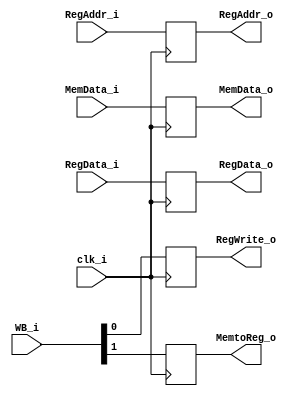
module MEM_WB(
	clk_i,
	WB_i,
	MemData_i,
	RegData_i,
	RegAddr_i,
	RegWrite_o,
	MemtoReg_o,
	MemData_o,
	RegData_o,
	RegAddr_o
);

input			clk_i;
input	[1:0]	WB_i;
input	[31:0]	MemData_i, RegData_i;
input	[4:0]	RegAddr_i;
output			RegWrite_o, MemtoReg_o;
output	[31:0]	MemData_o, RegData_o;
output	[4:0]	RegAddr_o;

reg			tmpRegWrite_o, tmpMemtoReg_o;
reg	[31:0]	tmpMemData_o, tmpRegData_o;
reg	[4:0]	tmpRegAddr_o;

assign RegWrite_o = tmpRegWrite_o;
assign MemtoReg_o = tmpMemtoReg_o;
assign MemData_o = tmpMemData_o;
assign RegData_o = tmpRegData_o;
assign RegAddr_o = tmpRegAddr_o;

initial begin
#20
	tmpRegWrite_o = 0;
	tmpMemtoReg_o = 0;
	tmpMemData_o = 0;
	tmpRegData_o = 0;
	tmpRegAddr_o = 0;
end

always @ (posedge clk_i) begin
 	tmpRegWrite_o <= WB_i[0];
	tmpMemtoReg_o <= WB_i[1];
	tmpMemData_o <= MemData_i;
	tmpRegData_o <= RegData_i;
	tmpRegAddr_o <= RegAddr_i;
end

endmodule